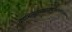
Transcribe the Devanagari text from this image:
वेषाभिलक्ष्यस्वभवनविजिताशेषवित्तेशकोषा